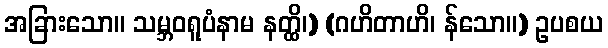
အခြားသော။ သမ္ဘဝရူပံနာမ နတ္ထိ၊) (ဂဟိတာဟိ၊ န်သော။) ဥပစယ